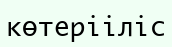
көтерііліс